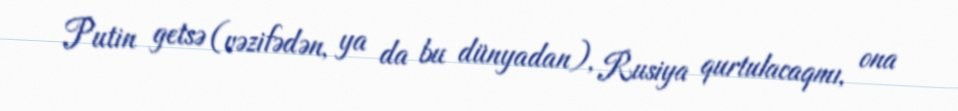
Putin getsə (vəzifədən, ya da bu dünyadan), Rusiya qurtulacaqmı, ona